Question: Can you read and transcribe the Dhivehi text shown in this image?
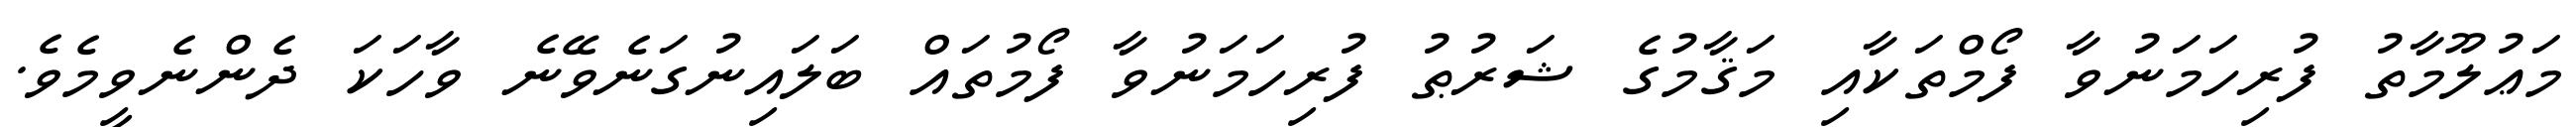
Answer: މަޢުލޫމާތު ފުރިހަމަނުވާ ފޯމްތަކާއި މަޤާމުގެ ޝަރުޠު ފުރިހަމަނުވާ ފޯމުތައް ބަލައިނުގަނެވޭނެ ވާހަކަ ދެންނެވީމެވެ.